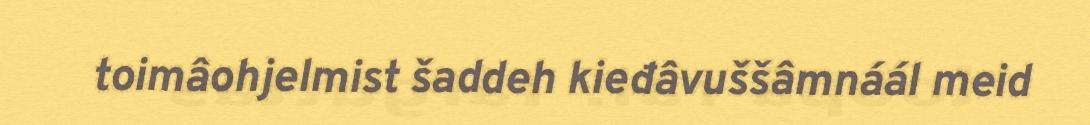
toimâohjelmist šaddeh kieđâvuššâmnáál meid